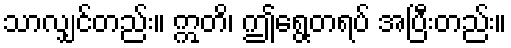
သာလျှင်တည်း။ ဣတိ၊ ဤရွေ့တရပ် အပြီးတည်း။